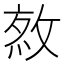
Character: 𢽯